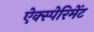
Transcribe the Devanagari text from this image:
ऐक्स्पेरिमेंट